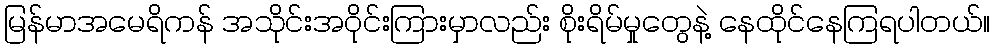
မြန်မာအမေရိကန် အသိုင်းအဝိုင်းကြားမှာလည်း စိုးရိမ်မှုတွေနဲ့ နေထိုင်နေကြရပါတယ်။